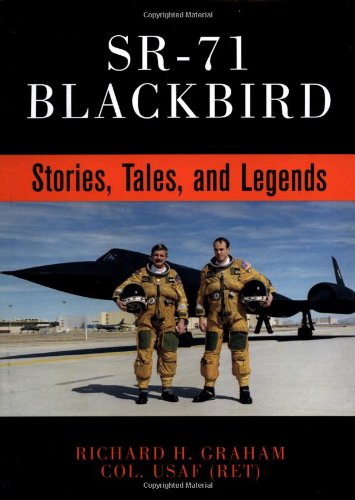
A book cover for SR-71 Blackbird: Stories, Tales, and Legends; Rich Graham; History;